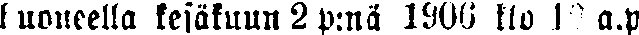
huoneella kesäkuun 2 p:nä 1900 klo 10 a.p